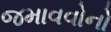
જમાવવોનો